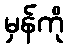
မှန်ကို